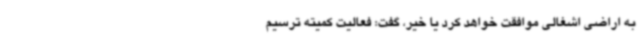
به اراضی اشغالی موافقت خواهد کرد یا خیر، گفت: فعالیت کمیته ترسیم